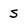
Character: S